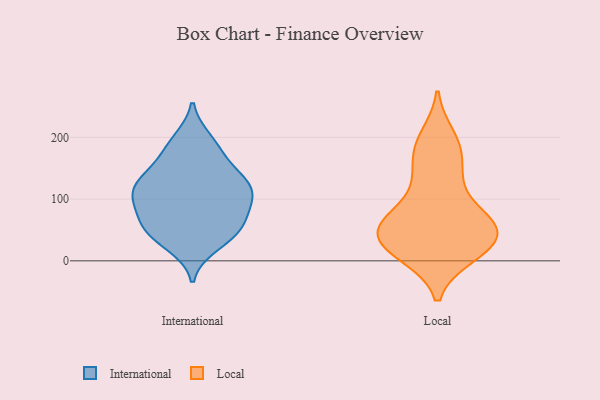
{"axis": {"x": "Gross Profit (USD K)", "y": "Value"}, "legend": ["International", "Local"], "data": [{"x": "", "y": 90, "type": "International"}, {"x": "", "y": 48, "type": "International"}, {"x": "", "y": 74, "type": "International"}, {"x": "", "y": 124, "type": "International"}, {"x": "", "y": 54, "type": "International"}, {"x": "", "y": 171, "type": "International"}, {"x": "", "y": 113, "type": "International"}, {"x": "", "y": 48, "type": "International"}, {"x": "", "y": 187, "type": "International"}, {"x": "", "y": 26, "type": "International"}, {"x": "", "y": 145, "type": "International"}, {"x": "", "y": 110, "type": "International"}, {"x": "", "y": 41, "type": "International"}, {"x": "", "y": 195, "type": "International"}, {"x": "", "y": 127, "type": "International"}, {"x": "", "y": 107, "type": "International"}, {"x": "", "y": 82, "type": "International"}, {"x": "", "y": 129, "type": "International"}, {"x": "", "y": 47, "type": "Local"}, {"x": "", "y": 26, "type": "Local"}, {"x": "", "y": 54, "type": "Local"}, {"x": "", "y": 123, "type": "Local"}, {"x": "", "y": 64, "type": "Local"}, {"x": "", "y": 61, "type": "Local"}, {"x": "", "y": 54, "type": "Local"}, {"x": "", "y": 38, "type": "Local"}, {"x": "", "y": 13, "type": "Local"}, {"x": "", "y": 25, "type": "Local"}, {"x": "", "y": 68, "type": "Local"}, {"x": "", "y": 130, "type": "Local"}, {"x": "", "y": 69, "type": "Local"}, {"x": "", "y": 13, "type": "Local"}, {"x": "", "y": 156, "type": "Local"}, {"x": "", "y": 181, "type": "Local"}, {"x": "", "y": 200, "type": "Local"}, {"x": "", "y": 189, "type": "Local"}, {"x": "", "y": 10, "type": "Local"}]}